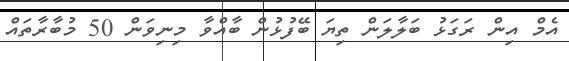
އެމް އިން ރަގަޅު ބަލާލަން ތިޔަ ބޭފުޅުން ބާއްވާ މިނިވަން 50 މުބާރާތައް